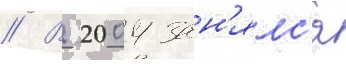
// В 2004 зан'ялс'я